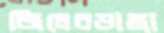
জিলেরডাঙ্গা